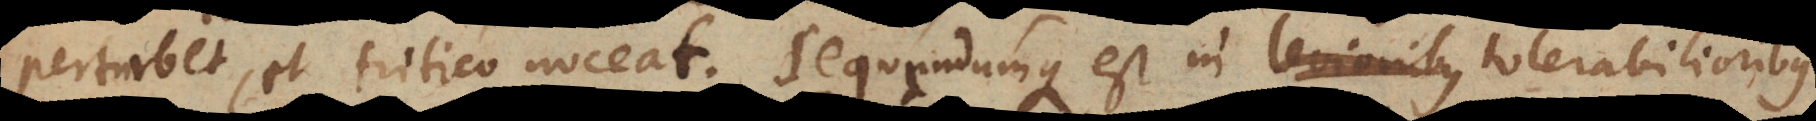
perturbet, et tritico noceat. Sequendumque est in levioribus tolerabilioribus